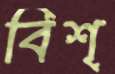
বিশ্